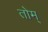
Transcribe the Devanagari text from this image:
तोम्